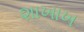
શાખાખ